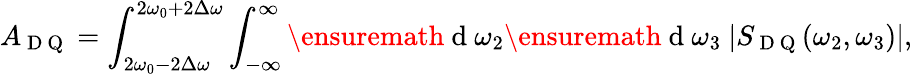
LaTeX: A_{\mathrm{~D~Q~}}=\int_{2\omega_{0}-2\Delta\omega}^{2\omega_{0}+2\Delta\omega}\int_{-\infty}^{\infty}\ensuremath{\mathrm{~d~}}\omega_{2}\ensuremath{\mathrm{~d~}}\omega_{3}\ |S_{\mathrm{~D~Q~}}(\omega_{2},\omega_{3})|,